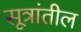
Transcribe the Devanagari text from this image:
सूत्रांतील